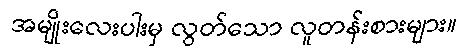
အမျိုးလေးပါးမှ လွတ်သော လူတန်းစားများ။